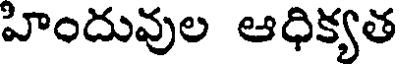
హిందువుల ఆధిక్యత